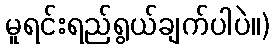
မူရင်းရည်ရွယ်ချက်ပါပဲ။)